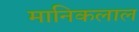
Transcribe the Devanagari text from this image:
मानिकलाल